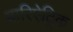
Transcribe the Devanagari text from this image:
बारिऐट्रिक